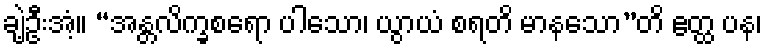
ချဲ့ဦးအံ့။ “အန္တလိက္ခစရော ပါသော၊ ယွာယံ စရတိ မာနသော”တိ ဧတ္ထ ပန၊